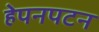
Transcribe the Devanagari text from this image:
हेपनपटन